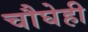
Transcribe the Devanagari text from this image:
चौघेही